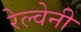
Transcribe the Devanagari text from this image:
रेल्वेनी